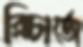
রিচার্জে